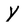
Character: y